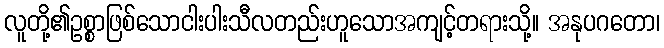
လူတို့၏ဥစ္စာဖြစ်သောငါးပါးသီလတည်းဟူသောအကျင့်တရားသို့။ အနုပဂတော၊